Report of the Imperial Institute of Veterinary Research, Muktesar
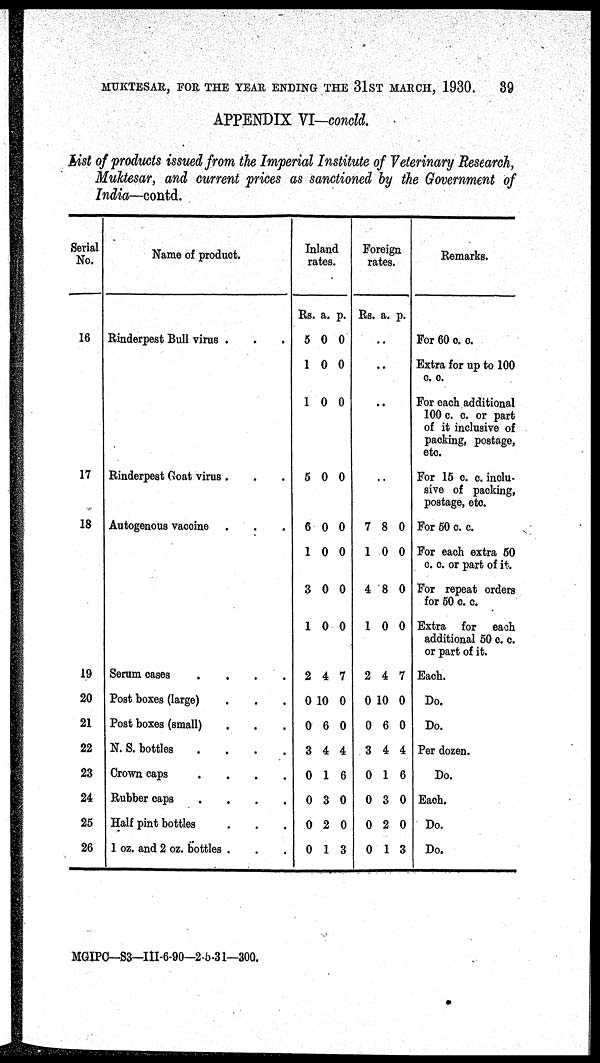
MUKTESAR, FOR THE YEAR ENDING THE 31ST MARCH, 1930.
39
APPENDIX VI-concld.
List of products issued from the Imperial Institute of Veterinary Research,
Muktesar, and current prices as sanctioned by the Government of
India—contd.
Serial
No.
16
17
18
19
20
21
22
23
24
25
26
Name of product.
Rinderpest Bull virus .
Rinderpest Goat virus .
Autogenous vaccine
Serum cases
....
Post boxes (large)
Post boxes (small)
N. S. bottles
....
Crown caps
....
Rubber caps
....
Half pint bottles
1 oz. and 2 oz. bottles .
Inland
rates.
Rs.
5
1
1
5
6
1
3
1
2
0
0
3
0
0
0
0
a.
0
0
0
0
0
0
0
0
4
10
6
4
1
3
2
1
p.
0
0
0
0
0
0
0
0
7
0
0
4
6
0
0
3
Foreign rates.
Rs.
7
1
4
1
2
0
0
3
0
0
0
0
a.
..
..
8
0
8
0
4
10
6
4
1
3
2
1
p.
0
0
0
0
7
0
0
4
6
0
0
3
Remarks.
For 60 c. c.
Extra for up to 100
c. c.
For each additional
100 c. c. or part
of it inclusive of
packing, postage,
etc.
For 15 c. c. inclu-
sive of packing,
postage, etc.
For 50 c. c.
For each extra 50
c. c. or part of it.
For repeat orders
for 50 c. c.
Extra for each
additional 50 c. c.
or part of it.
Each.
Do.
Do.
Per dozen.
Do.
Each.
Do.
Do.
MGIPC—S3-III-6-90-2-5-31—300.